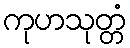
ကုဟသုတ္တံ